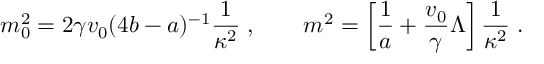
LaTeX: m _ { 0 } ^ { 2 } = 2 \gamma v _ { 0 } ( 4 b - a ) ^ { - 1 } \frac { 1 } { \kappa ^ { 2 } } \; , \qquad m ^ { 2 } = \left[ \frac { 1 } { a } + \frac { v _ { 0 } } { \gamma } \Lambda \right] \frac { 1 } { \kappa ^ { 2 } } \; .